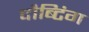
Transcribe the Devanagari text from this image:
दौब्टिंग